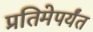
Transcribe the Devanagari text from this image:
प्रतिमेपर्यंत